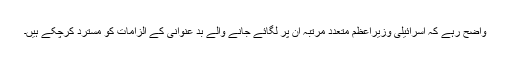
واضح رہے کہ اسرائیلی وزیراعظم متعدد مرتبہ ان پر لگائے جانے والے بد عنوانی کے الزامات کو مسترد کرچکے ہیں۔